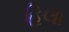
હિલા